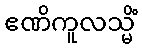
ဧဏိကူလသ္မိံ